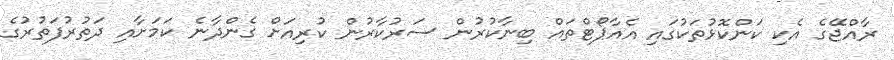
ރާއްޖޭގެ އެކި ކަންކޮޅުތަކުގައި އެއާޕޯޓްތައް ބިނާކުރުން ސަރުކާރުން ކުރިއަށް ގެންދާނެ ކަމަށާއި ދަތުރުފަތުރުގެ